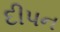
દીપન